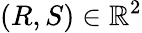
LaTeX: (R,S)\in\mathbb{R}^{2}